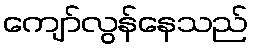
ကျော်လွန်နေသည်